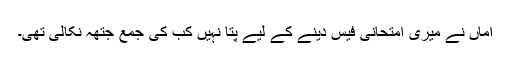
اماں نے میری امتحانی فیس دینے کے لیے پتا نہیں کب کی جمع جتھہ نکالی تھی۔